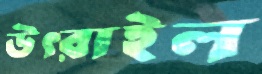
উৎরাইল